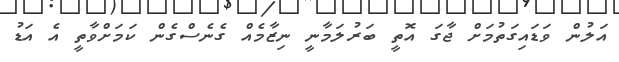
އަލުން ވަޑައިގަތުމަށް ޖާގަ އޮތީ ބަރުލަމާނީ ނިޒާމެއް ގެނެސްގެން ކަމަށްވާތީ އެ އަޑު